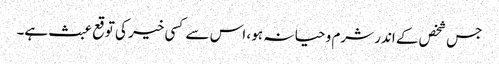
جس شخص کے اندر شرم و حیا نہ ہو ، اس سے کسی خیر کی توقع عبث ہے۔